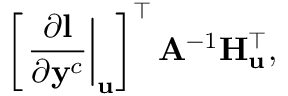
\left[ \left. \frac { \partial \mathbf { l } } { \partial \mathbf { y } ^ { c } } \right| _ { \mathbf { u } } \right] ^ { \top } \mathbf { A } ^ { - 1 } \mathbf { H } _ { \mathbf { u } } ^ { \top } ,